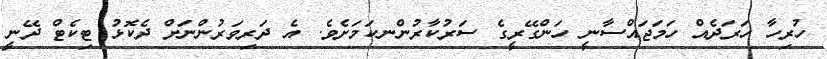
ހުރިހާ ހަރަދެއް ހަމަޖައްސާނީ ހަންގޭރީގެ ސަރުކާރުންނކަމަށެވެ. އެ ދަރިވަރުންނަށް ދެކޮޅު ޓިކެޓް ދޭނީ